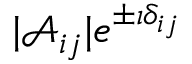
| \mathcal { A } _ { i j } | e ^ { \pm \imath \delta _ { i j } }